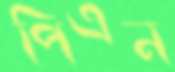
পিএন